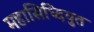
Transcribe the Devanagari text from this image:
महासिध्दियुत